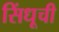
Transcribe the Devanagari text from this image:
सिंधूची